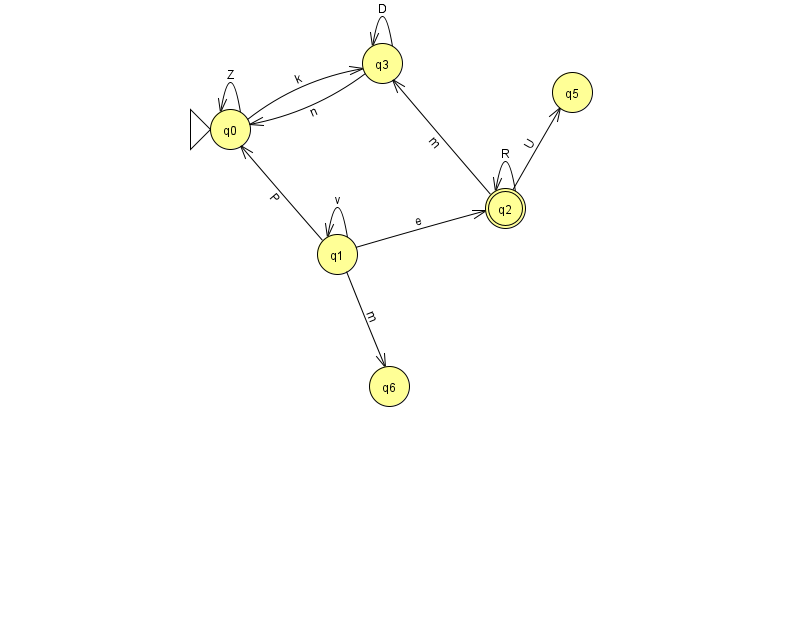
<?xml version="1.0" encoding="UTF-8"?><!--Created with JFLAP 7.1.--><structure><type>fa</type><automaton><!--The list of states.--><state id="0" name="q0"><x>230.0</x><y>116.0</y><initial/></state><state id="1" name="q1"><x>337.0</x><y>241.0</y></state><state id="2" name="q2"><x>505.0</x><y>195.0</y><final/></state><state id="3" name="q3"><x>382.0</x><y>50.0</y></state><state id="5" name="q5"><x>572.0</x><y>79.0</y></state><state id="6" name="q6"><x>389.0</x><y>373.0</y></state><!--The list of transitions.--><transition><from>0</from><to>3</to><read>k</read></transition><transition><from>1</from><to>2</to><read>e</read></transition><transition><from>2</from><to>2</to><read>R</read></transition><transition><from>3</from><to>0</to><read>n</read></transition><transition><from>3</from><to>3</to><read>D</read></transition><transition><from>1</from><to>6</to><read>m</read></transition><transition><from>2</from><to>5</to><read>U</read></transition><transition><from>1</from><to>1</to><read>v</read></transition><transition><from>0</from><to>0</to><read>Z</read></transition><transition><from>1</from><to>0</to><read>P</read></transition><transition><from>2</from><to>3</to><read>m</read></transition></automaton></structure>